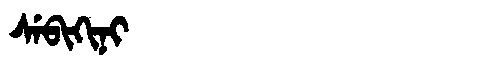
Manchu: ᠰᡝᠪᡳᡴᡳᠨᡳ
Romanization: SEBIKINI